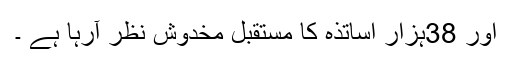
اور 38ہزار اساتذہ کا مستقبل مخدوش نظر آرہا ہے ۔